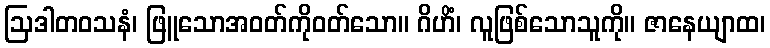
ဩဒါတဝသနံ၊ ဖြူသောအဝတ်ကိုဝတ်သော။ ဂိဟိံ၊ လူဖြစ်သောသူကို။ ဇာနေယျာထ၊